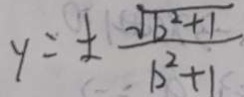
y = \pm \frac { \sqrt { b ^ { 2 } + 1 } } { b ^ { 2 } + 1 }